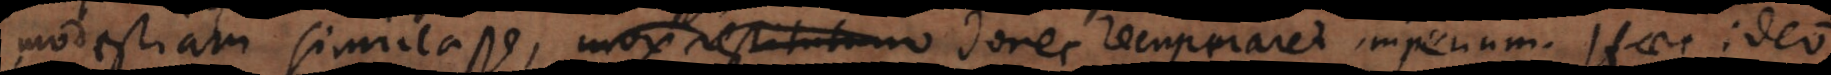
modestiam simulasse, mox restitutum donec recuperaret imperium. Haec ideo